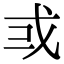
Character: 𢦘